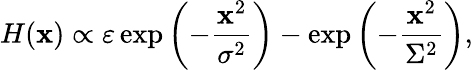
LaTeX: H(\mathbf{x})\propto\varepsilon\exp\left(-\frac{\mathbf{x}^{2}}{\sigma^{2}}\right)-\exp\left(-\frac{\mathbf{x}^{2}}{\Sigma^{2}}\right),